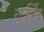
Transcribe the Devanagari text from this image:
टर्मि